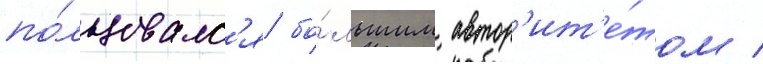
по́льзовалс'я бо́льшим автор'ит'е́том /